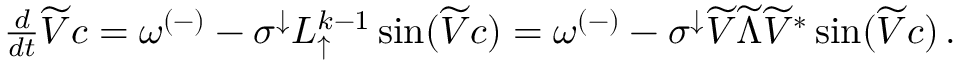
\begin{array} { r } { \frac { d } { d t } \widetilde { V } c = \omega ^ { ( - ) } - \sigma ^ { \downarrow } L _ { \uparrow } ^ { k - 1 } \sin ( \widetilde { V } c ) = \omega ^ { ( - ) } - \sigma ^ { \downarrow } \widetilde { V } \widetilde { \Lambda } \widetilde { V } ^ { * } \sin ( \widetilde { V } c ) \, . } \end{array}